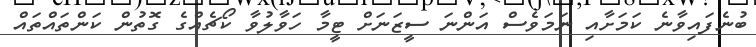
ބުނެފައިވާނެ ކަމަށާއި ނަމަވެސް އަންނަ ސީޒަނަށް ޓީމާ ހަވާލުވާ ކޯޗެއްގެ ގޮތުން ކަންތައްތައް